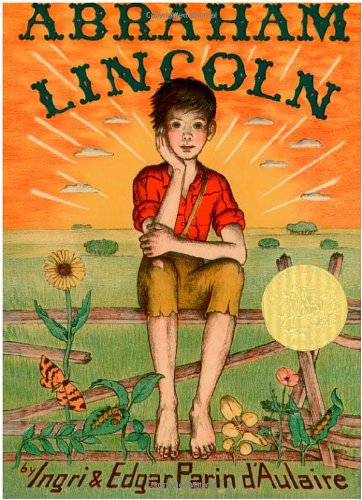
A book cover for Abraham Lincoln (Bicentennial Edition); Ingri and Edgar Parin D'Aulaire; Children's Books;